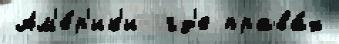
Ам'е́р'ик'и  гд'е права́х